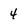
Character: 4